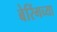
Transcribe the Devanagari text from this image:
बेरिंगच्या